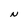
Character: N